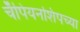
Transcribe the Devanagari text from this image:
चँपियनशिपच्या